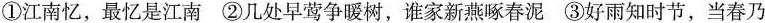
①江南忆，最忆是江南 ②几处早莺争暖树，谁家新燕啄春泥 ③好雨知时节，当春乃